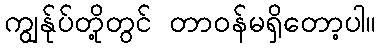
ကျွန်ုပ်တို့တွင် တာဝန်မရှိတော့ပါ။